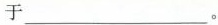
于___。